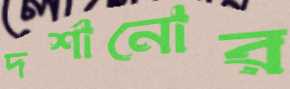
দর্শানোর